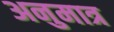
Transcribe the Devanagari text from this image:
अनुमात्र